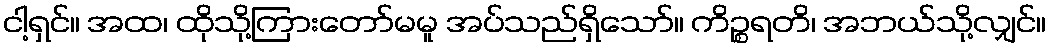
ငါ့ရှင်။ အထ၊ ထိုသို့ကြားတော်မမူ အပ်သည်ရှိသော်။ ကိဉ္စရတိ၊ အဘယ်သို့လျှင်။